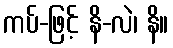
ကပ်-ဖြင့် နိ-လဲ၊ နိ။